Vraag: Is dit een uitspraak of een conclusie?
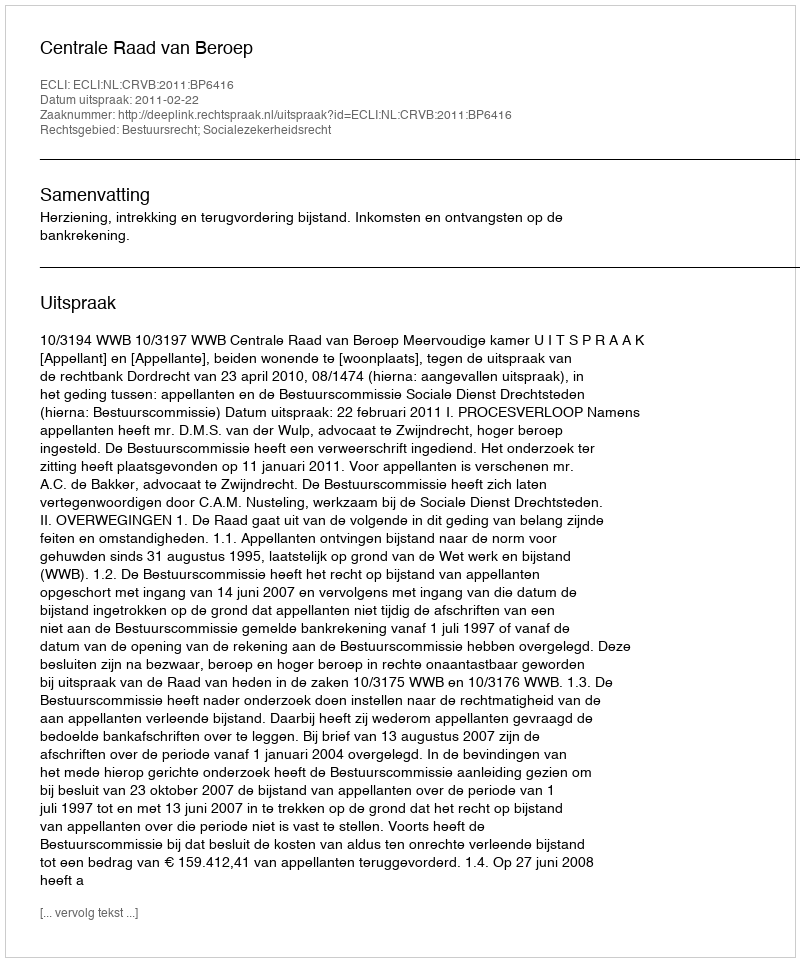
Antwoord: Uitspraak